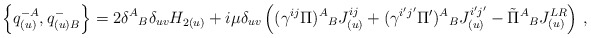
\begin{align*}\left\{q^{-A}_{(u)},q^-_{(u)B}\right\}=2\delta^A{}_B\delta_{uv}H_{2(u)} + i\mu\delta_{uv}\left((\gamma^{ij}\Pi){}^A{}_B J^{ij}_{(u)}+(\gamma^{i^\prime j^\prime }\Pi^\prime){}^A{}_B J^{i^\prime j^\prime}_{(u)} -{\tilde\Pi}^A{}_BJ^{LR}_{(u)}\right)\,,\end{align*}